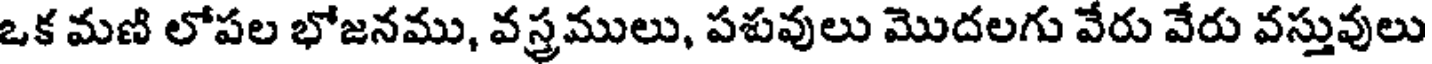
ఒక మణి లోపల భోజనము, వస్త్రములు, పశువులు మొదలగు వేరు వేరు వస్తువులు